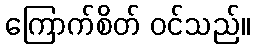
ကြောက်စိတ် ဝင်သည်။